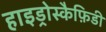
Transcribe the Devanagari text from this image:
हाइड्रोस्कैफ़िडी